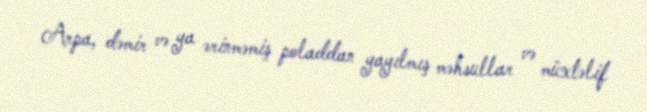
Arpa, dəmir və ya ərinməmiş poladdan yayılmış məhsullar və müxtəlif